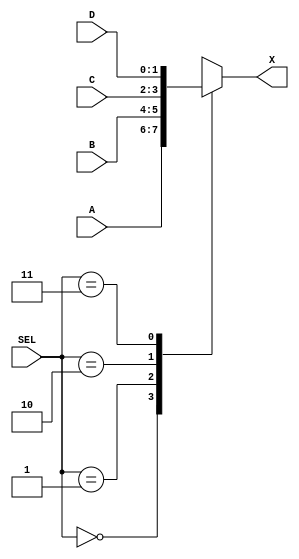
//!DO NOT EDIT MODULE NAME AND PORT NAME!
module multiplexer(
    input [1:0]A, //2-bit vector
    input [1:0]B,
    input [1:0]C,
    input [1:0]D,
    input [1:0]SEL,
    output [1:0]X
);

//YOUR CODE HERE
//TIPS: IN THE VERILOG CASE STATEMENT, YOU HAVE TO LIST ALL CONDITION TO AVIOD ANY AMBIGUOUS STATEMENT;
/*only need to register output "X", cuz system needs to remember value of X. Inputs
A,B,C,D are set already*/ 
reg [1:0]x = 2'b00; //declare a varible x and hold value of binary "0"
assign X=x; //assign X to x, to match output declaration

always@(SEL, A, B, C, D)begin
   case(SEL)
        2'b00: x = A;  //if SEL=0, output is A
        2'b01: x = B;   //if SEL=1, output is B
        2'b10: x = C;   //if SEL=2, output is C
        2'b11: x = D;   //if SEL=3, output is D
        default: x = 0; //if SEL is anything else, output is always 0
     endcase  
   end     

endmodule